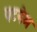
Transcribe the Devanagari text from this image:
पटनेम